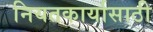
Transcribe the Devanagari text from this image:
नियतकार्यासाठी